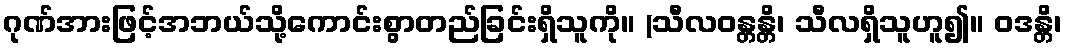
ဂုဏ်အားဖြင့်အဘယ်သို့ကောင်းစွာတည်ခြင်းရှိသူကို။ (သီလဝန္တန္တိ၊ သီလရှိသူဟူ၍။ ဝဒန္တိ၊